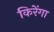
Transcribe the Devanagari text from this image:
किरेंगा